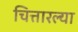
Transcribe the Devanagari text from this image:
चित्तारल्या